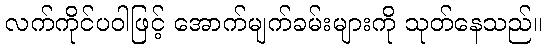
လက်ကိုင်ပဝါဖြင့် အောက်မျက်ခမ်းများကို သုတ်နေသည်။